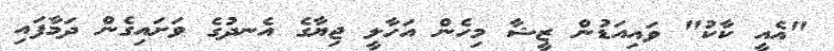
"އެއީ ކާކު" ވައިއަޑުން ޒީޝާ މިހެން އަހާލީ ޖިޔާގެ އެނދުގެ ވަށައިގެން ދަމާފައި